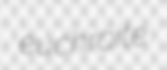
euchroite